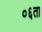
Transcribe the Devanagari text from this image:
०६ता